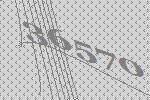
36570